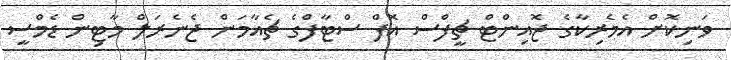
ވަނިކޮށް އެމެރިކާގެ ޖޮއިންޓް ޗީފްސް އޮފް ސްޓާފްގެ ޗެއާމަން ޖެނެރަލް މާޓިން ޑެމްސީ